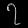
Digit: ၇